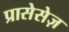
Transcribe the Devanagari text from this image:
प्रासेसेज़